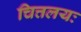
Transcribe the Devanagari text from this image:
चित्तलयः